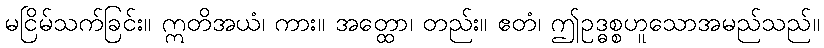
မငြိမ်သက်ခြင်း။ ဣတိအယံ၊ ကား။ အတ္ထော၊ တည်း။ ဧတံ၊ ဤဥဒ္ဓစ္စဟူသောအမည်သည်။